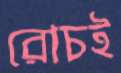
রোচই